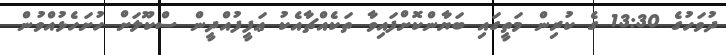
ދުވަހުގެ 13:30 ގެ ކުރިން މަތީގައި ބަޔާންކޮށްފައިވާ ތަކެއްޗާއެކު ޢަފީފުއްދީން ސްކޫލަށް ހުށަހެޅުއްވުން